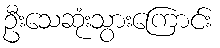
ဦးသေဆုံးသွားကြောင်း